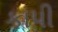
કાપી